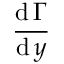
\frac { \operatorname { d } \Gamma } { \operatorname { d } y }